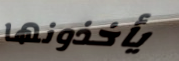
يأخذونها